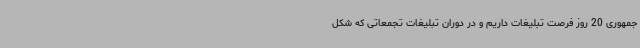
جمهوری 20 روز فرصت تبلیغات داریم و در دوران تبلیغات تجمعاتی که شکل